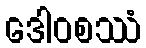
ဒေါဝစဿံ